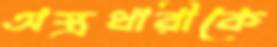
অস্ত্রধারীকে